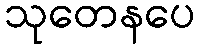
သုတေနပေ